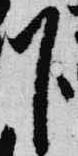
下